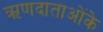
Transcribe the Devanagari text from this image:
ऋणदाताओंके